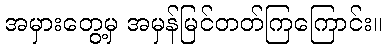
အမှားတွေ့မှ အမှန်မြင်တတ်ကြကြောင်း။